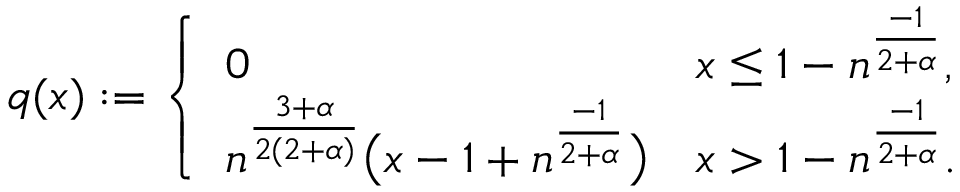
\begin{array} { r } { q ( x ) \ensuremath { : = } \left\{ \begin{array} { l l } { 0 } & { x \leq 1 - \ensuremath { n } ^ { \frac { - 1 } { 2 + \alpha } } , } \\ { \ensuremath { n } ^ { \frac { 3 + \alpha } { 2 ( 2 + \alpha ) } } \big ( x - 1 + \ensuremath { n } ^ { \frac { - 1 } { 2 + \alpha } } \big ) } & { x > 1 - \ensuremath { n } ^ { \frac { - 1 } { 2 + \alpha } } . } \end{array} \right. } \end{array}